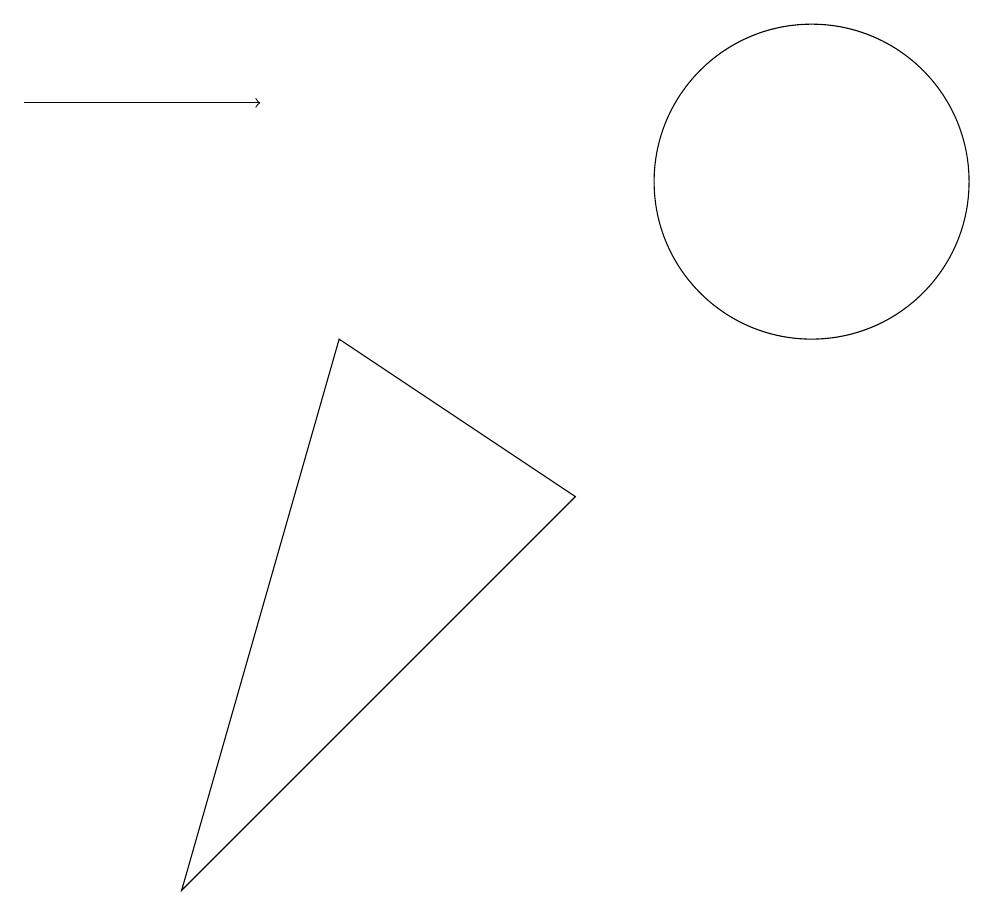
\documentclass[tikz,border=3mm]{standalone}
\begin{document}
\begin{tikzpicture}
\draw (4,9) -- (7,7) -- (2,2) -- cycle;
\draw[->] (0,12) -- (3,12);
\draw (10,11) circle (2);
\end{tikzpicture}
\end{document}